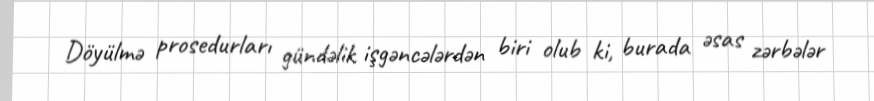
Döyülmə prosedurları gündəlik işgəncələrdən biri olub ki, burada əsas zərbələr